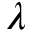
\lambda